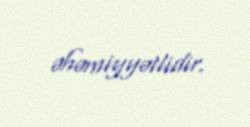
əhəmiyyətlidir.